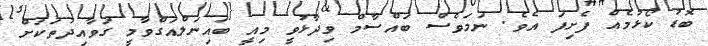
ބޮޑު ކޯޅުމެއް ފެށިފަ އެވެ. ނަމަވެސް ބައްސާމް ވިދާޅުވީ މިއީ ބައިނަލްއަގްވާމީ ގަވާއިދުތަކަށް